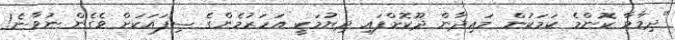
"ދިމާވާ ކޮންމެ ކަމަކުން މައިދާން ދޫކޮށްފައި ދިޔުމަކީ އަހަރުމެންގެ ސިފައަކަށް ވެގެން ނުވާނެ!